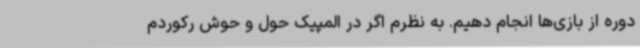
دوره از بازی‌ها انجام دهیم. به نظرم اگر در المپیک حول و حوش رکوردم